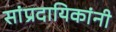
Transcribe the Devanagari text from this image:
सांप्रदायिकांनी